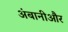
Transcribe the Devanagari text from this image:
अंबानीऔर